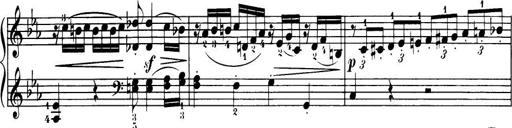
Title: 32 Sonatinas and Rondos for the Piano
Composer: Richard Kleinmichel